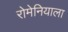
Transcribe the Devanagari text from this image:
रोमेनियाला